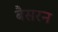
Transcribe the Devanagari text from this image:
बैसरन